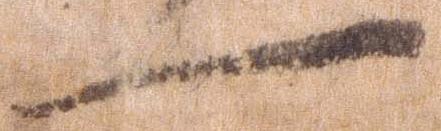
一